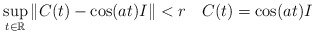
\begin{align*}\sup_{t\in {\mathbb R} } \|C(t) - \cos(at)I \| < r \quad C(t) = \cos(at) I\end{align*}